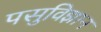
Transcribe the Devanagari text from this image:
पसुविज्ञान